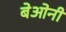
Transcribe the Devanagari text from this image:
बेओनी